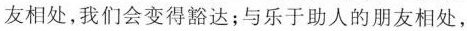
友相处，我们会变得豁达；与乐于助人的朋友相处，